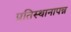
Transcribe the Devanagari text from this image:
प्रतिस्थानापन्न